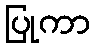
ပြုကာ